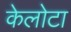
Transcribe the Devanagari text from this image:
केलोटा